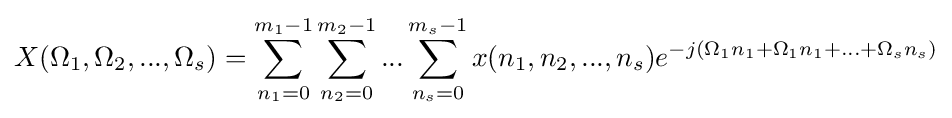
X(\Omega _{1},\Omega _{2},...,\Omega _{s})=\sum _{n_{1}=0}^{m_{1}-1}\sum _{n_{2}=0}^{m_{2}-1}...\sum _{n_{s}=0}^{m_{s}-1}x(n_{1},n_{2},...,n_{s})e^{-j(\Omega _{1}n_{1}+\Omega _{1}n_{1}+...+\Omega _{s}n_{s})}